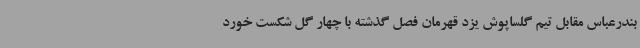
بندرعباس مقابل تیم گلساپوش یزد قهرمان فصل گذشته با چهار گل شکست خورد